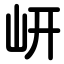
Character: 岍